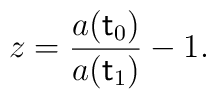
z=\frac{a({\sf t}_0)}{a({\sf t}_1)}-1.